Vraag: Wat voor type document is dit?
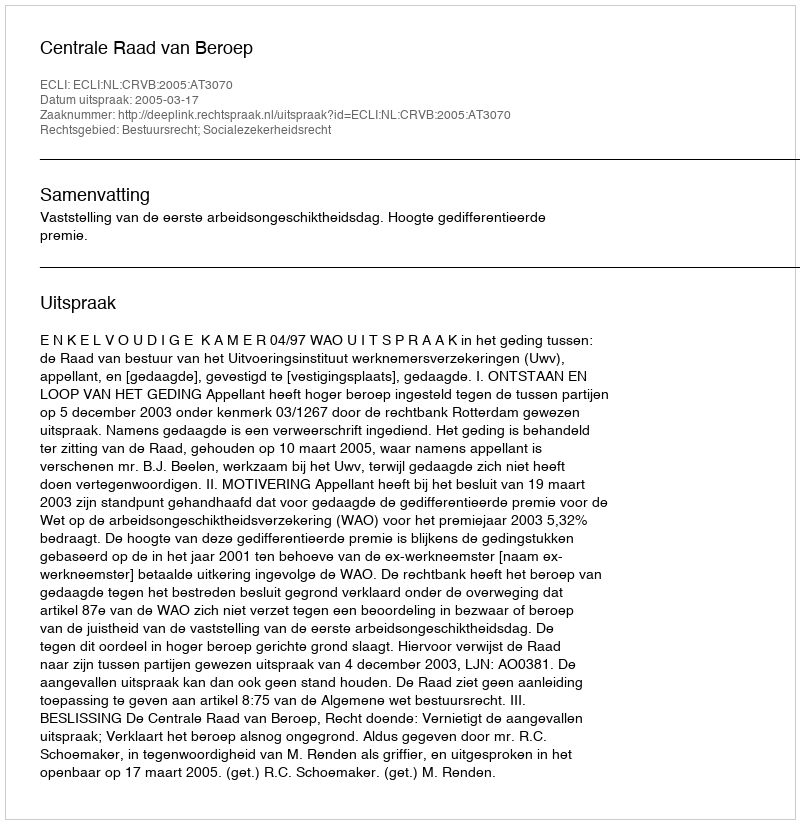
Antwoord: Uitspraak